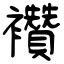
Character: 襸